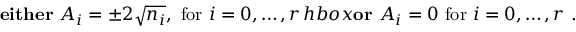
\mathrm { \bf ~ e i t h e r } \ A _ { i } = \pm 2 \sqrt { n _ { i } } , \ \mathrm { f o r } \ i = 0 , \dots , r \, h b o x { \bf o r } \ A _ { i } = 0 \ \mathrm { f o r } \ i = 0 , \dots , r \ .